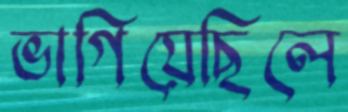
ভাগিয়েছিলে